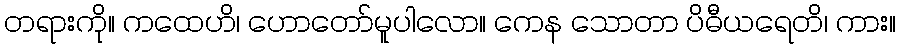
တရားကို။ ကထေဟိ၊ ဟောတော်မူပါလော။ ကေန သောတာ ပိဓီယရေတိ၊ ကား။